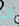
ان